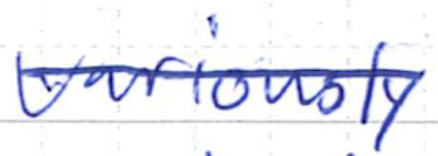
Text: variously
Cross-out: single-line
Writing tool: ballpoint